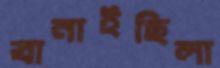
বানাইছিলা